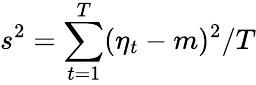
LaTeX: s^{2}=\sum_{t=1}^{T}(\eta_{t}-m)^{2}/T